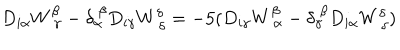
D _ { i \alpha } W _ { ~ \gamma } ^ { \beta } - \delta _ { \alpha } ^ { ~ \beta } D _ { i \gamma } W _ { ~ \delta } ^ { \delta } = - 5 ( D _ { i \gamma } W _ { ~ \alpha } ^ { \beta } - \delta _ { \gamma } ^ { ~ \beta } D _ { i \alpha } W _ { ~ \delta } ^ { \delta } )